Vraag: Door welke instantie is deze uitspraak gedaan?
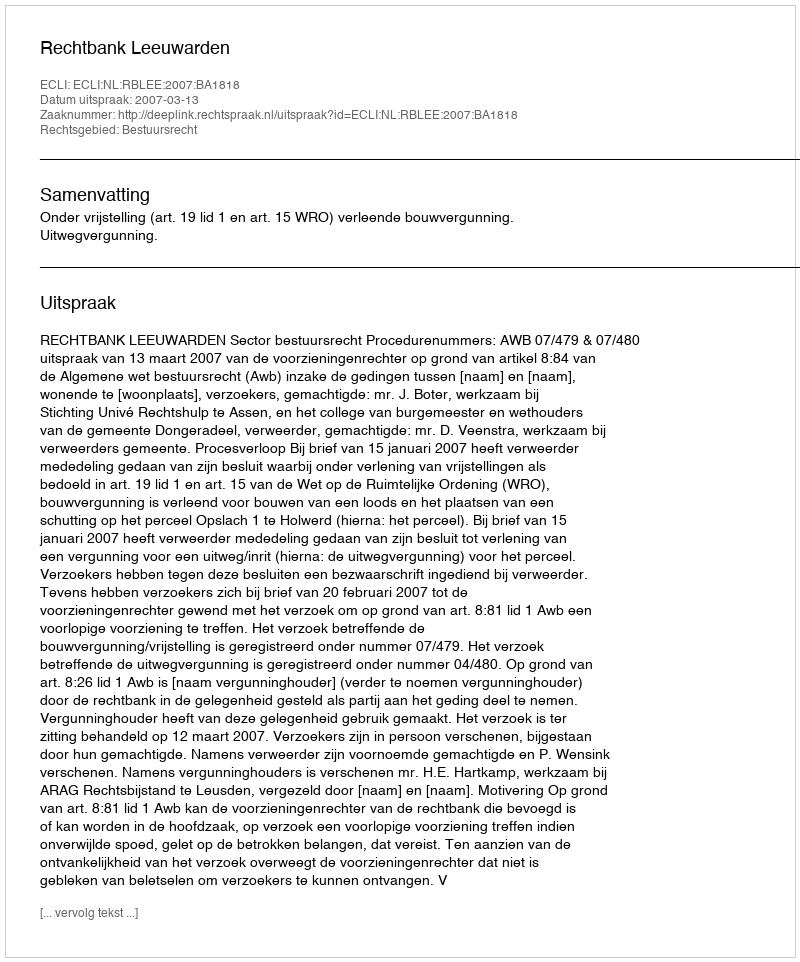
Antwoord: Rechtbank Leeuwarden